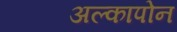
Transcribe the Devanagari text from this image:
अल्कापोन